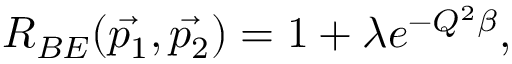
R _ { B E } ( \vec { p _ { 1 } } , \vec { p _ { 2 } } ) = 1 + \lambda e ^ { - Q ^ { 2 } \beta } ,